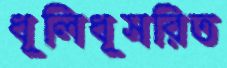
ধূলিধূসরিত